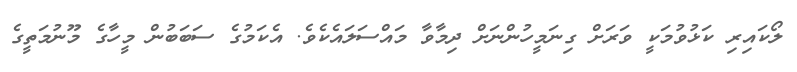
ލޯކައިރި ކަޅުވުމަކީ ވަރަށް ގިނަމީހުންނަށް ދިމާވާ މައްސަލައެކެވެ. އެކަމުގެ ސަބަބުން މީހާގެ މޫނުމަތީގެ